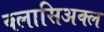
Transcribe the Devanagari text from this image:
क्लासिअक्ल